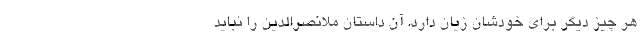
هر چیز دیگر برای خودشان زیان دارد. آن داستان ملانصرالدین را نباید